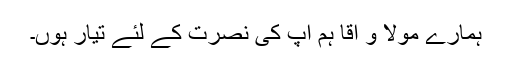
ہمارے مولا و آقا ہم آپ کی نصرت کے لئے تیار ہوں۔